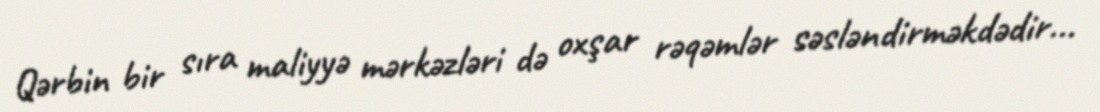
Qərbin bir sıra maliyyə mərkəzləri də oxşar rəqəmlər səsləndirməkdədir...